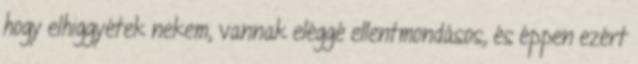
hogy elhiggyétek nekem, vannak eléggé ellentmondásos, és éppen ezért